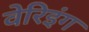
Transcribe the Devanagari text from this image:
वेरिइंग